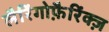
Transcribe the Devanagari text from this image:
लैरिंगोफ़ैरिंक्ज़